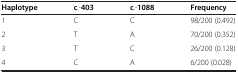
<table><thead><tr><td><b>Haplotype</b></td><td><b>c.-403</b></td><td><b>c.-1088</b></td><td><b>Frequency</b></td></tr></thead><tbody><tr><td>1</td><td>C</td><td>C</td><td>98/200 (0.492)</td></tr><tr><td>2</td><td>T</td><td>A</td><td>70/200 (0.352)</td></tr><tr><td>3</td><td>T</td><td>C</td><td>26/200 (0.128)</td></tr><tr><td>4</td><td>C</td><td>A</td><td>6/200 (0.028)</td></tr></tbody></table>